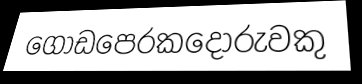
ගොඩපෙරකදෝරුවකු